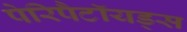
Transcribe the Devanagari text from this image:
पेरिपैटॉयड्स